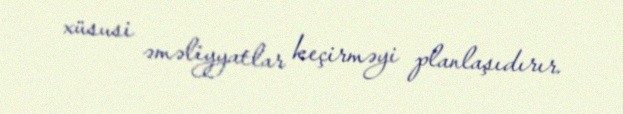
xüsusi əməliyyatlar keçirməyi planlaşıdırır.